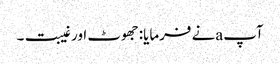
آپ aنے فرمایا: جھوٹ اور غیبت۔